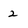
Character: 2